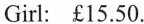
Girl: £15.50.